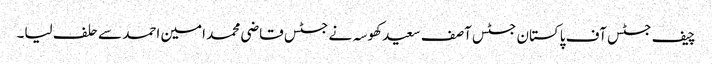
چیف جسٹس آف پاکستان جسٹس آصف سعید کھوسہ نے جسٹس قاضی محمد امین احمد سے حلف لیا۔